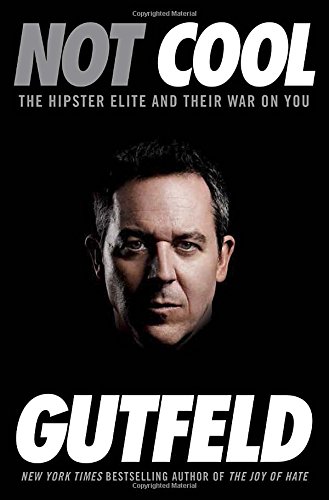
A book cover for Not Cool: The Hipster Elite and Their War on You; Greg Gutfeld; Humor & Entertainment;